NAE_ERA_R-2632_ENSV_TA_Emakeele_Selts_1945-1955, lk 50
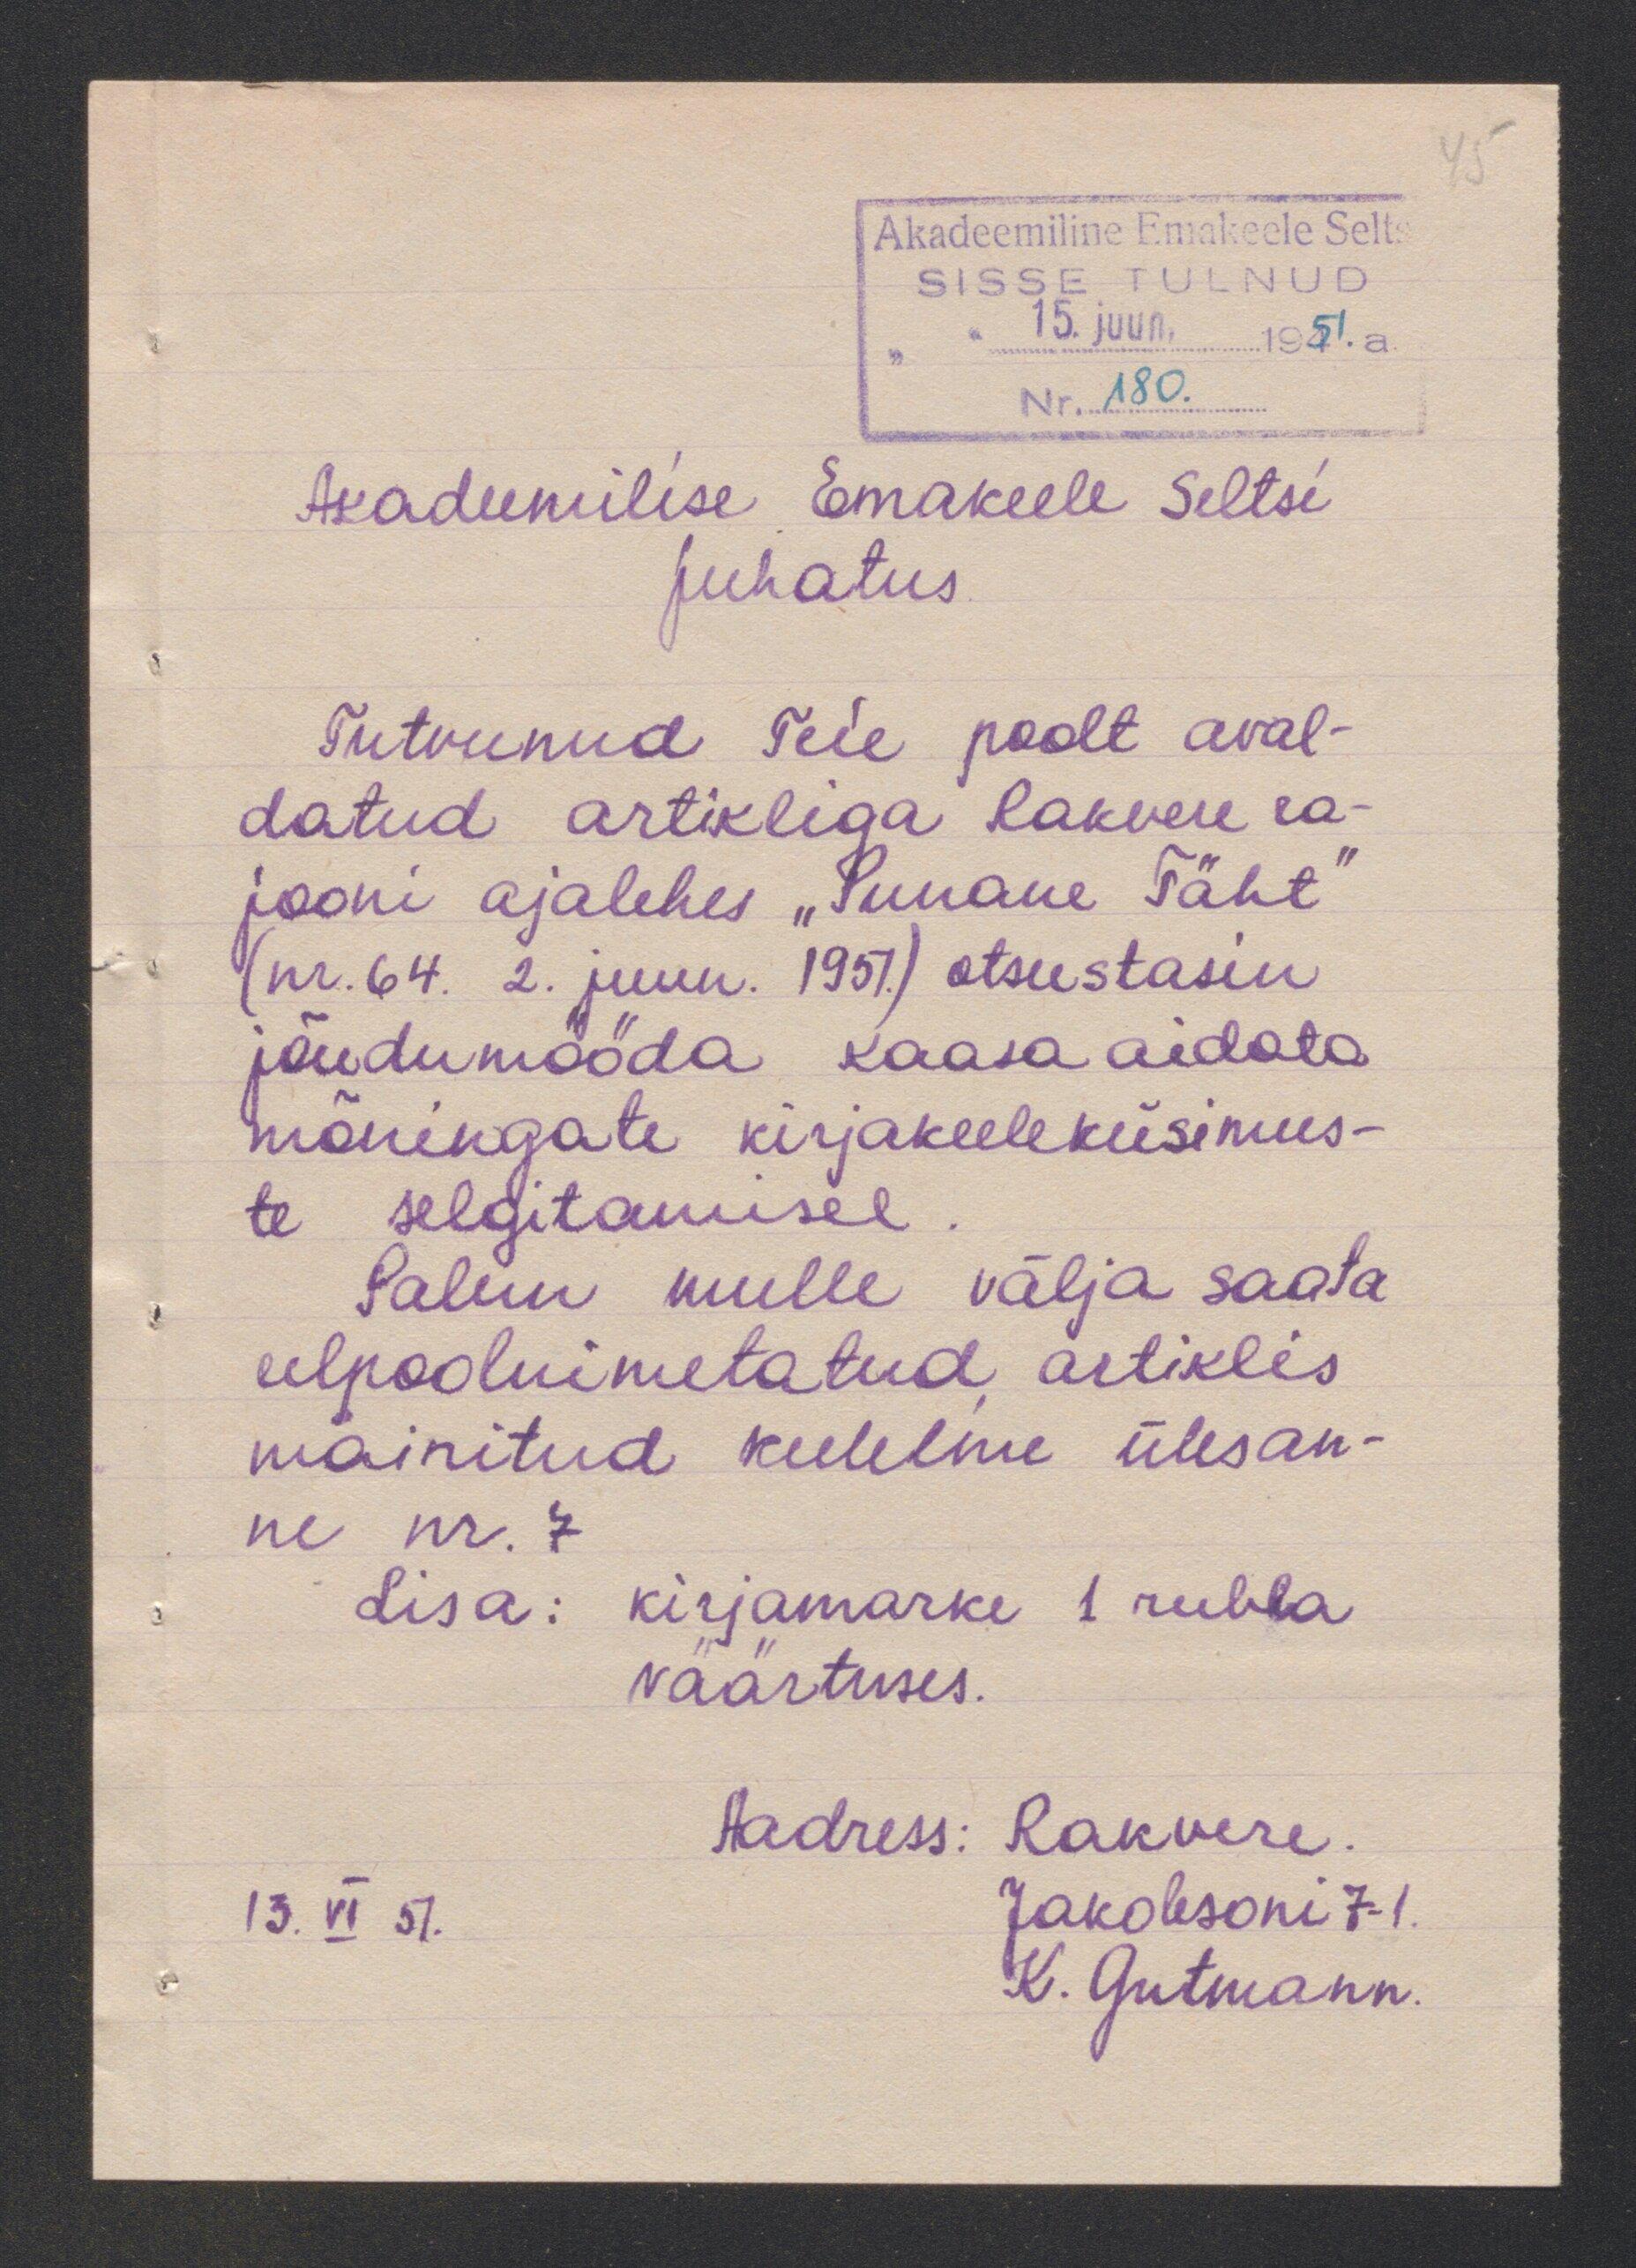
Akadeemiline Emakeele Selts
Akadeemilise Emakeele Seltsi
juhatus.
Tutvunud Teie poolt aval
datud artikliga Rakvere ra-
jooni ajalehes „Punane Täht
(nr .64. 2. juun. 1951.) otsustasin
jõudumööda kaasa aidata
mõningate kirjakeeleküsimus-
te selgitamisel.
Palun mulle välja saata
eelpoolnimetatud artiklis
mainitud keeleline ülesan-
ne nr. 7
Lisa: kirjamarke 1 rubla
väärtuses.
Aadress: Rakvere.
Jakobsoni 7-1
13.VI 51.
K. Gutmann.